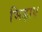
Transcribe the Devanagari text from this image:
भिड़ाए